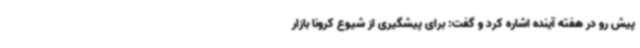
پیش رو در هفته آینده اشاره کرد و گفت: برای پیشگیری از شیوع کرونا بازار